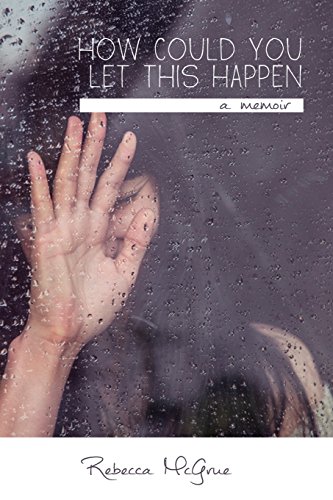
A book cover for How Could You Let This Happen; Rebecca M. McGrue; Medical Books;